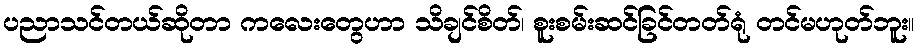
ပညာသင်တယ်ဆိုတာ ကလေးတွေဟာ သိချင်စိတ်၊ စူးစမ်းဆင်ခြင်တတ်ရုံ တင်မဟုတ်ဘူး။